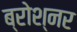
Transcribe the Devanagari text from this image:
ब्रोश्नर